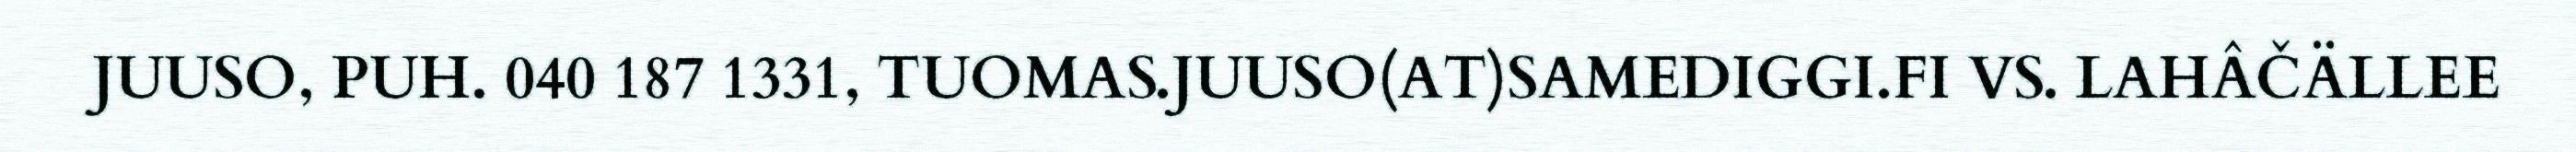
JUUSO, PUH. 040 187 1331, TUOMAS.JUUSO(AT)SAMEDIGGI.FI VS. LAHÂČÄLLEE